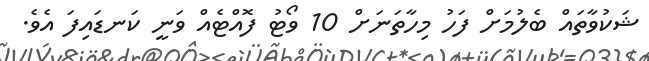
ޝަކުވާތައް ބެލުމަށް ފަހު މިހާތަނަށް 10 ވޯޓު ފޮއްޓެއް ވަނީ ކަނޑައިފަ އެވެ.